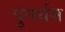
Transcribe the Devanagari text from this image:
पुनर्थम